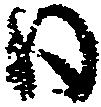
日